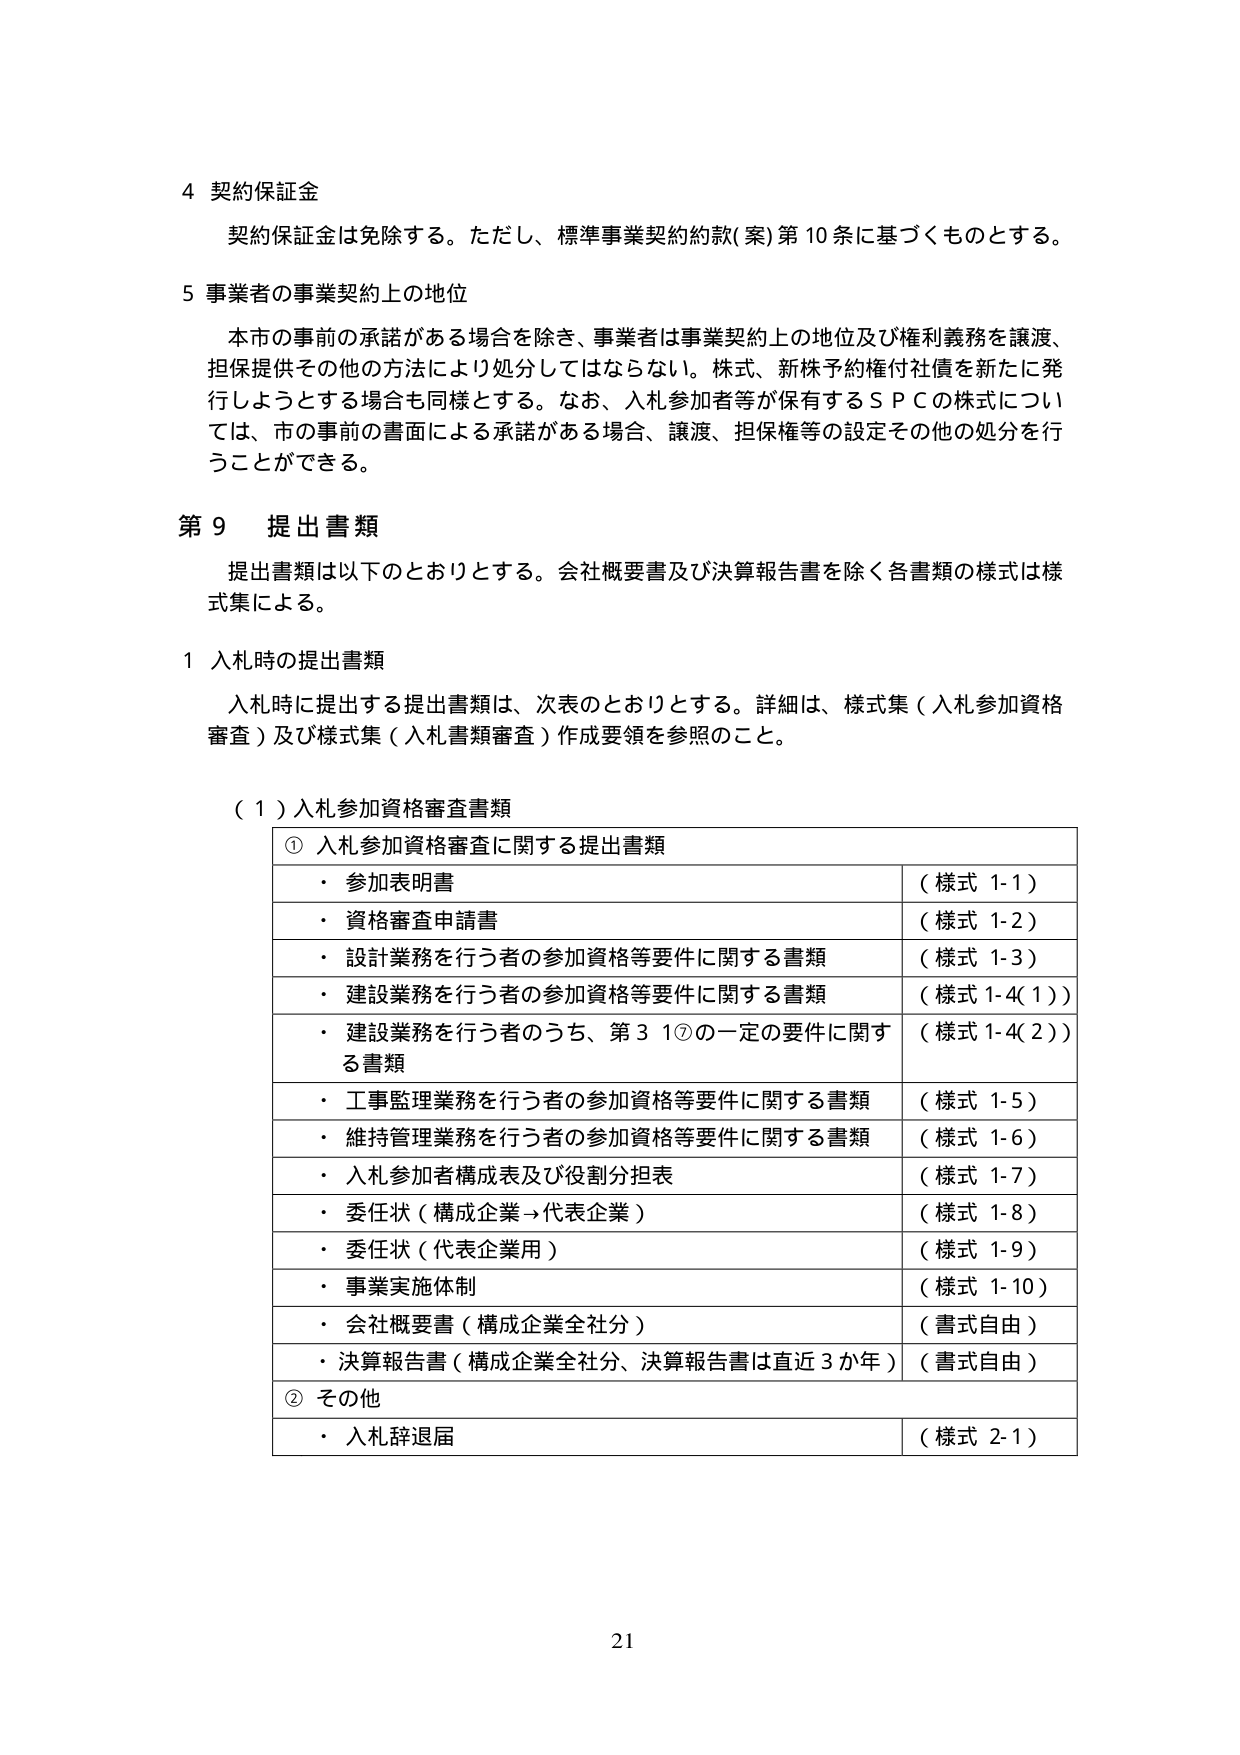
4 契約保証金
契約保証金は免除する。ただし、標準事業契約約款(案)第10条に基づくものとする。

5 事業者の事業契約上の地位
本市の事前の承諾がある場合を除き、事業者は事業契約上の地位及び権利義務を譲渡、担保提供その他の方法により処分してはならない。株式、新株予約権付社債を新たに発行しようとする場合も同様とする。なお、入札参加者等が保有するＳＰＣの株式については、市の事前の書面による承諾がある場合、譲渡、担保権等の設定その他の処分を行うことができる。

第9 提出書類
提出書類は以下のとおりとする。会社概要書及び決算報告書を除く各書類の様式は様式集による。

1 入札時の提出書類
入札時に提出する提出書類は、次表のとおりとする。詳細は、様式集（入札参加資格審査）及び様式集（入札書類審査）作成要領を参照のこと。

（1）入札参加資格審査書類

① 入札参加資格審査に関する提出書類
・ 参加表明書 （様式 1-1）
・ 資格審査申請書 （様式 1-2）
・ 設計業務を行う者の参加資格等要件に関する書類 （様式 1-3）
・ 建設業務を行う者の参加資格等要件に関する書類 （様式 1-4(1)）
・ 建設業務を行う者のうち、第3 1⑦の一定の要件に関する書類 （様式 1-4(2)）
・ 工事監理業務を行う者の参加資格等要件に関する書類 （様式 1-5）
・ 維持管理業務を行う者の参加資格等要件に関する書類 （様式 1-6）
・ 入札参加者構成表及び役割分担表 （様式 1-7）
・ 委任状（構成企業→代表企業） （様式 1-8）
・ 委任状（代表企業用） （様式 1-9）
・ 事業実施体制 （様式 1-10）
・ 会社概要書（構成企業全社分） （書式自由）
・ 決算報告書（構成企業全社分、決算報告書は直近3か年） （書式自由）

② その他
・ 入札辞退届 （様式 2-1）

21